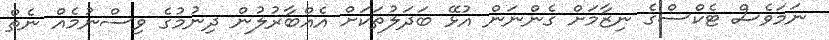
ނަމަވެސް ޓެކްސްގެ ނިޒާމަށް ގެންނަން އުޅޭ ބަދަލުތަކަށް އެއްބާރުލުން ދިނުމުގެ ވިސްނުމެއް ނެތް